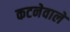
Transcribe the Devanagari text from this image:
कटनेवाले